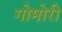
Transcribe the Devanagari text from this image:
गोमोरी